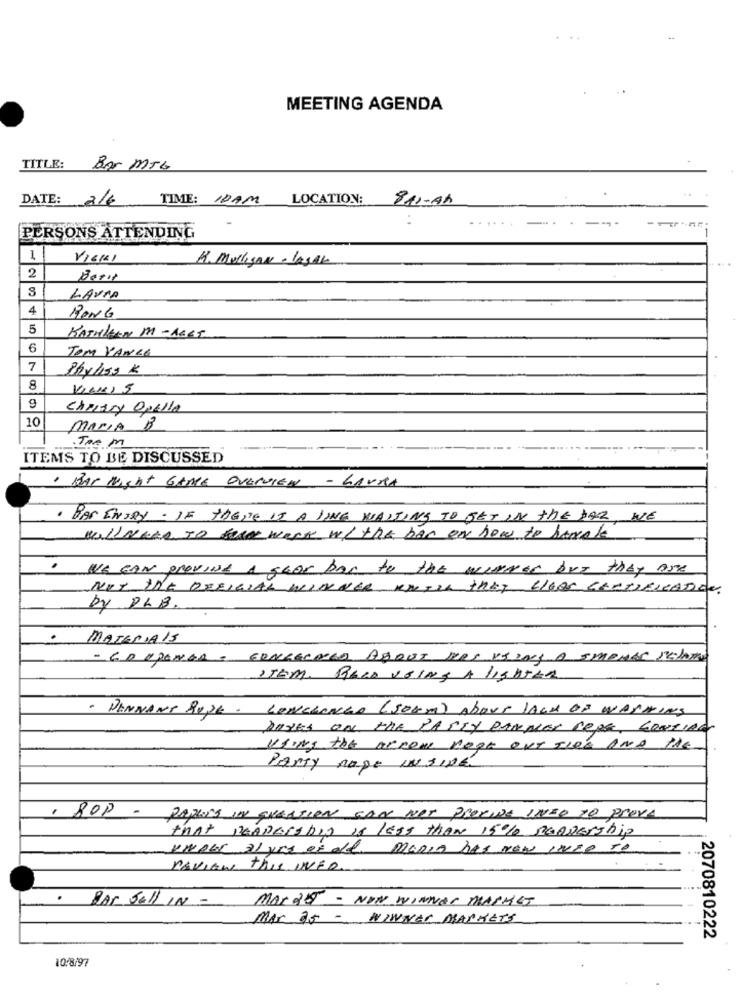
MEETING AGENDA
TITLE:
Bor MIG
DATE: 2/6
TIME: 10AM LOCATION:
811-Ah
. ....
------
PERSONS ATTENDING
1
VIERI
1. Mulligan- lagare
2
LAURA
4
BONG
5
KATHLEEN M - 1865
6
TOM VANCE
7
Phyliss K
8
9
Chirary Opella
10
MARIA
Trem
ITEMS TO BE DISCUSSED
. BAT NICHT GAME OVERVIEW - LAURA
. BAS ENSBY . IF THERE IS A JONE WAITING TO SET IN THE DAR, WE
will Need to see werk w/ the ban en how to havale
WE CAN provide A geor Ban to the winner but they Are
NOT THE DEFIGIAL WINNER KNIIL THET CLEAR CERTIFICATION
BY DLB.
.
MATERIAIS
- GO OPENAR - GENEGENCZO ABOUT DOS PEZAC A SMEMAS JELATA
STEM. RECO USING A LIGHTER
- PENNANT ROSE . CONCERNED (50KM) ABOUT LACK OF WASHING
DOYES ON THE PARTY PANNES PEPE, CONTIAL
USING the acROME BORE OUT THE AND THE
Party nage IN site
. POP - PARLES IN CUESTION CAN NOT PROVIDE INFO TO PROVA
THAT READERSDID is less than 15% READERship
KNALL 21 yrs of old. maDIA has now INZO TO
DAVIEW this INFO
· Par Sell IN -
MARGE - NON WINNER MASHET
MAX 25 - WINNER MARKETS
2070810222
10/8/97